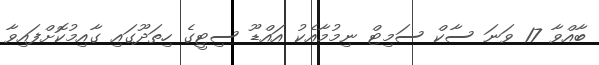
ބާއްވާ 17 ވަނަ ސާކް ސަމިޓް ނިމުމާއެކު އައްޑޫ ސިޓީގެ ހިތަދޫގައި ގާއިމުކޮށްފައިވާ